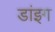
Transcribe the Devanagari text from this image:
डांइग